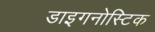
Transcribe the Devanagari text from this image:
डाइगनोस्टिक